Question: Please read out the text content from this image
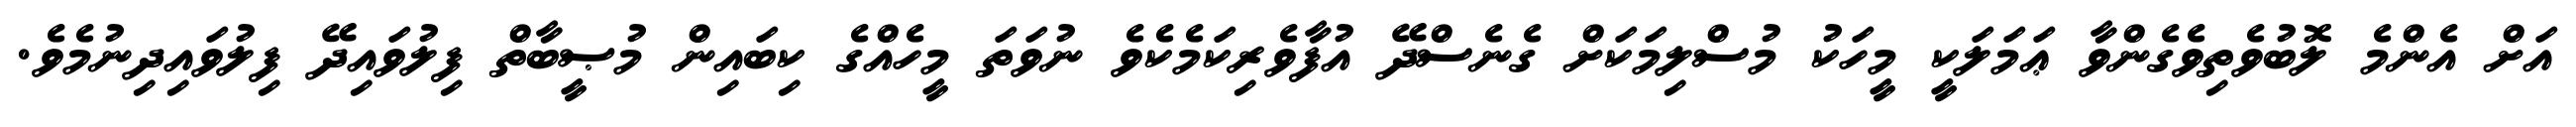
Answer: އަށް އެންމެ ލޮބުވެތިވެގެންވާ ޢަމަލަކީ މީހަކު މުސްލިމަކަށް ގެނެސްދޭ އުފާވެރިކަމެކެވެ ނުވަތަ މީހެއްގެ ކިބައިން މުޞީބާތް ފިލުވައިދޭ ފިލުވައިދިނުމެވެ.